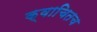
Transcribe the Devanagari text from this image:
क्वाचितच